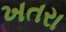
ખતરા